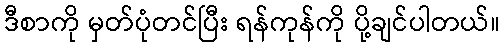
ဒီစာကို မှတ်ပုံတင်ပြီး ရန်ကုန်ကို ပို့ချင်ပါတယ်။